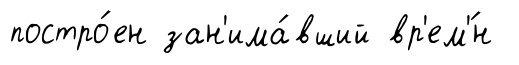
постро́ен зан'има́вший вр'ем'́н